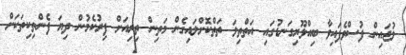
ލުޖައިން ފުސްވެފައިވާ ބިއްލޫރިގަނޑުގައި އަތްތިލަ ތަތްކޮށްލައިގެން މަތިން ތިރިއަށް ފިރުކެމުން ދިޔަ ފެންތިކިތަކަށް